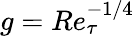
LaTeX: g=Re_{\tau}^{-1/4}